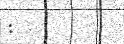
: